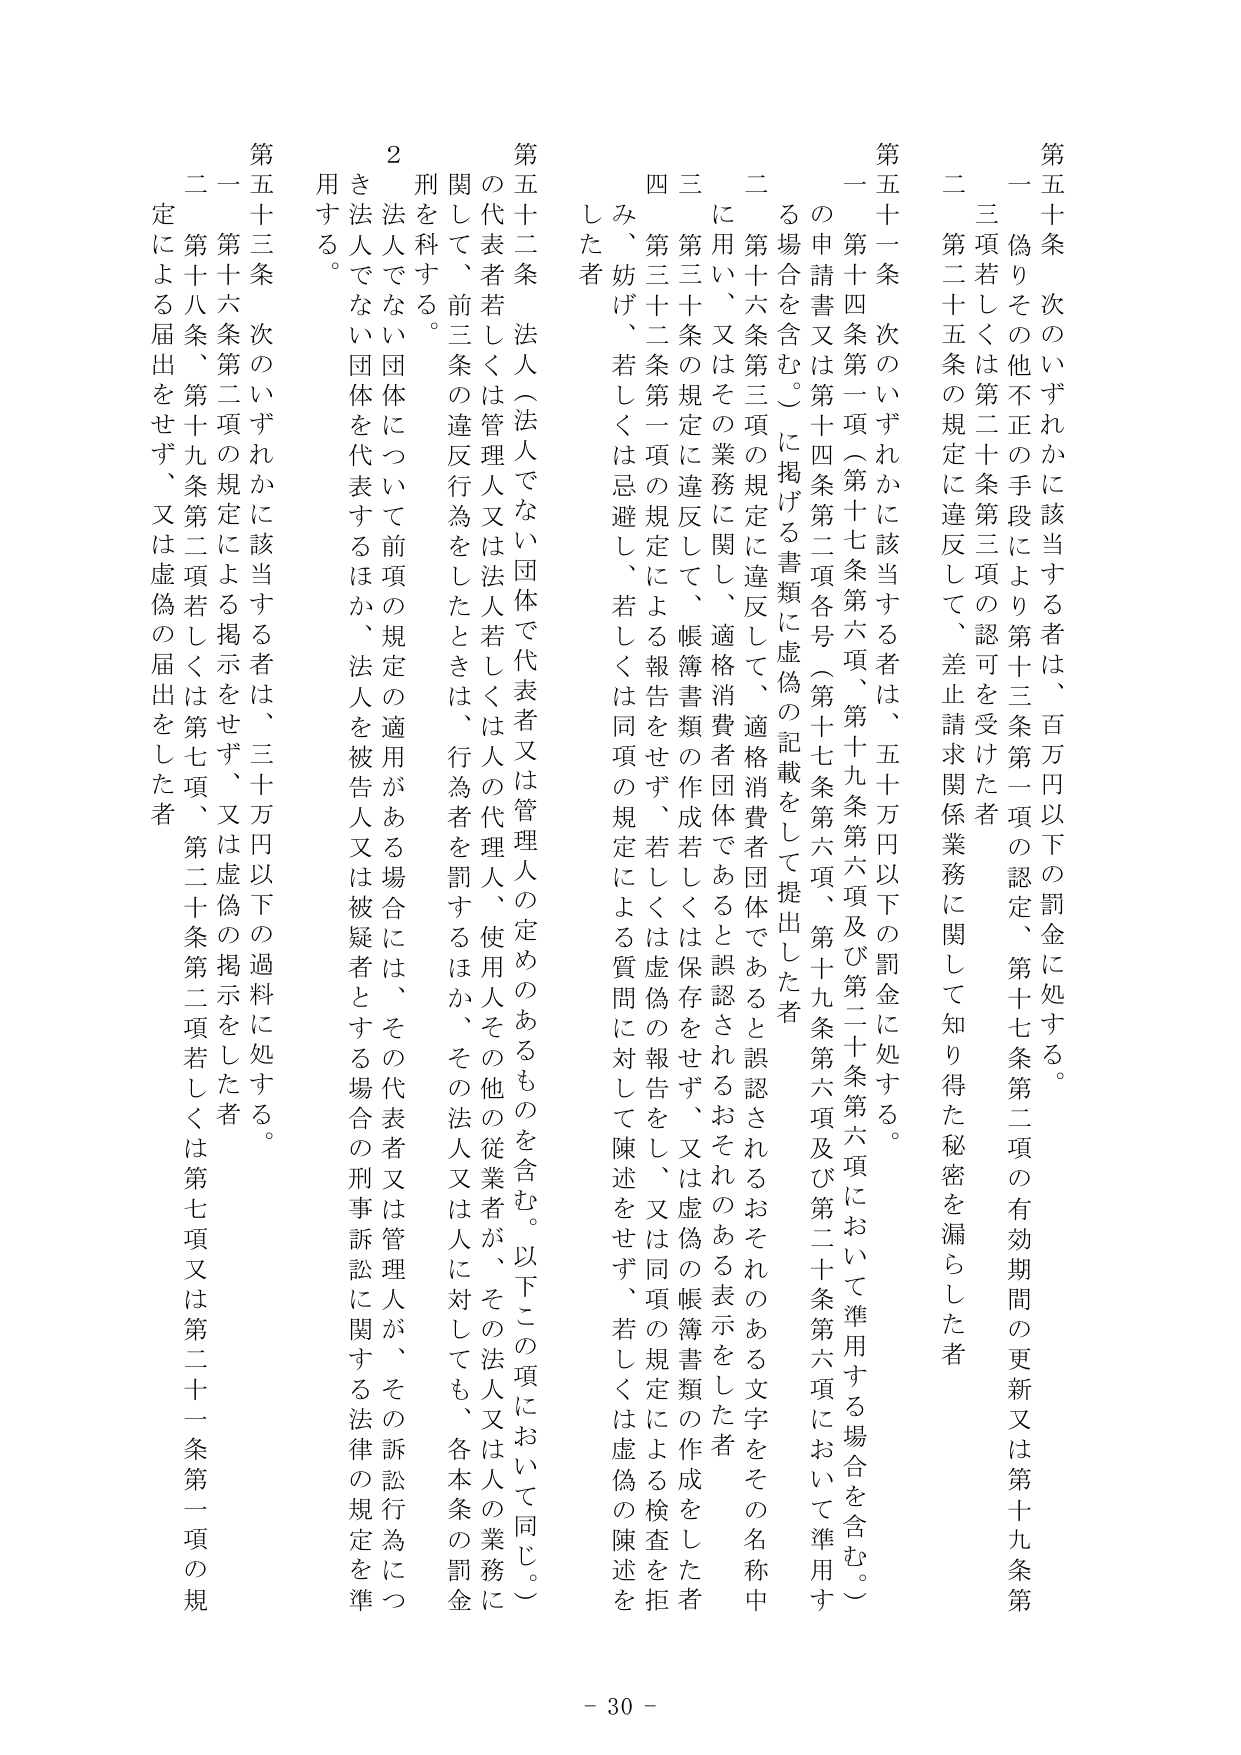
第五十条 次のいずれかに該当する者は、百万円以下の罰金に処する。
一 偽りその他不正の手段により第十三条第一項の認定、第十七条第二項の有効期間の更新又は第十九条第三項若しくは第二十条第三項の認可を受けた者
二 第二十五条の規定に違反して、差止請求関係業務に関して知り得た秘密を漏らした者

第五十一条 次のいずれかに該当する者は、五十万円以下の罰金に処する。
一 第十四条第一項（第十七条第六項、第十九条第六項及び第二十条第六項において準用する場合を含む。）の申請書又は第十四条第二項各号（第十七条第六項、第十九条第六項及び第二十条第六項において準用する場合を含む。）に掲げる書類に虚偽の記載をして提出した者
二 第十六条第三項の規定に違反して、適格消費者団体であると誤認されるおそれのある文字をその名称中に用い、又はその業務に関し、適格消費者団体であると誤認されるおそれのある表示をした者
三 第三十条の規定に違反して、帳簿書類の作成若しくは保存をせず、又は虚偽の帳簿書類の作成をした者
四 第三十二条第一項の規定による報告をせず、若しくは虚偽の報告をし、又は同項の規定による質問に対して陳述をせず、若しくは虚偽の陳述をした者

第五十二条 法人（法人でない団体で代表者又は管理人の定めのあるものを含む。以下この項において同じ。）の代表者若しくは管理人又は法人若しくは人の代理人、使用人その他の従業者が、その法人又は人の業務に関して、前三条の違反行為をしたときは、行為者を罰するほか、その法人又は人に対しても、各本条の罰金刑を科する。
２ 法人でない団体について前項の規定の適用がある場合には、その代表者又は管理人が、その訴訟行為につき法人でない団体を代表するほか、法人を被告人又は被疑者とする場合の刑事訴訟に関する法律の規定を準用する。

第五十三条 次のいずれかに該当する者は、三十万円以下の過料に処する。
一 第十六条第二項の規定による掲示をせず、又は虚偽の掲示をした者
二 第十八条、第十九条第二項若しくは第七項、第二十条第二項若しくは第七項又は第二十一条第一項の規定による届出をせず、又は虚偽の届出をした者

- 30 -